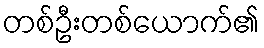
တစ်ဦးတစ်ယောက်၏